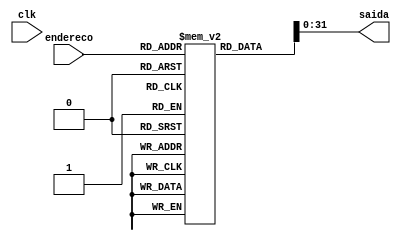
module rom16x32 (
    input [3:0] endereco,
    input clk,
    output [31:0] saida
);

     reg [32:0] rom [15:0];
     
    initial begin
        rom[0]= {12'd9, 5'd0, 3'd3, 5'd2, 7'd3}; //  lw x2, #9(x0)
        rom[1]= {12'd5, 5'd2, 3'd0, 5'd1, 7'd19}; //  addi x1, x2,#5
        rom[2]= {7'b0000000, 5'd1, 5'd0, 3'd2, 5'b00101, 7'd35}; //  sw x1, #5 (x0)
        rom[3]= {12'd5, 5'd0, 3'd2, 5'd3, 7'd3}; //  lw x3,#5 (x0)
        rom[4]= {12'b111111110111, 5'd3, 3'd3, 5'd7, 7'd19}; //addi x7,x3, #-9
        rom[5]= {7'd0, 5'd1, 5'd3, 3'd0, 5'd4, 7'd51}; // add x4, x3, x1
        rom[6]= {7'b0000000, 5'd1, 5'd3, 3'd0, 5'd4, 7'd99}; //beq x1, x3, #2
        rom[7]= {12'd3, 5'd2, 3'd0, 5'd4, 7'd19}; //  addi x4, x2,#3
        rom[8]= {12'd19, 5'd0, 3'd0, 5'd27, 7'd19}; //  addi x27, x0,#19
        rom[9]= {12'd6, 5'd0, 3'd0, 5'd13, 7'd19}; //  addi x13, x0,#6
        rom[10]= {12'd59, 5'd0, 3'd0, 5'd18, 7'd19}; //  addi x18, x0,#59
        rom[11]= {7'd32, 5'd2, 5'd3, 3'd0, 5'd5, 7'd51}; // sub x5, x3, x2
        rom[12]= {12'd5, 5'd2, 3'd0, 5'd9, 7'd19}; //  addi x9, x2,#5
        rom[13]= 32'h00000000; 
        rom[14]= 32'h00000000; 
        rom[15]= 32'h00000000; 
        end


   assign saida = rom[endereco];
   

    

endmodule